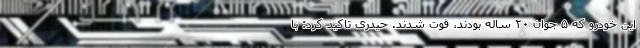
این خودرو که ۵ جوان ۲۰ ساله بودند، فوت شدند. حیدری تاکید کرد: با